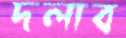
দলাব